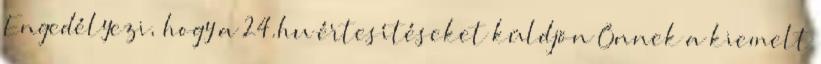
Engedélyezi, hogy a 24.hu értesítéseket küldjön Önnek a kiemelt